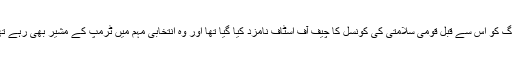
کیلوگ کو اس سے قبل قومی سلامتی کی کونسل کا چیف آف اسٹاف نامزد کیا گیا تھا اور وہ انتخابی مہم میں ٹرمپ کے مشیر بھی رہے تھے۔